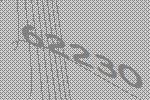
62230